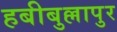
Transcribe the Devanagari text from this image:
हबीबुल्लापुर